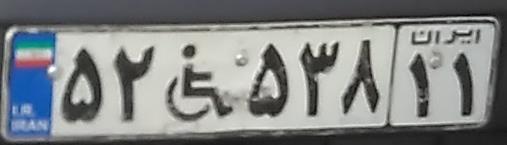
۵۲+۵۳۸۱۱